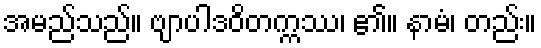
အမည်သည်။ ဗျာပါဒဝိတက္ကဿ၊ ၏။ နာမံ၊ တည်း။